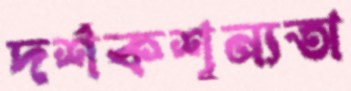
দর্শকশূন্যতা